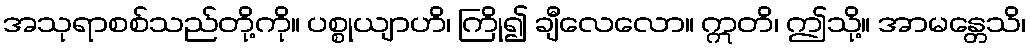
အသုရာစစ်သည်တို့ကို။ ပစ္စုယျာဟိ၊ ကြို၍ ချီလေလော။ ဣတိ၊ ဤသို့။ အာမန္တေသိ၊